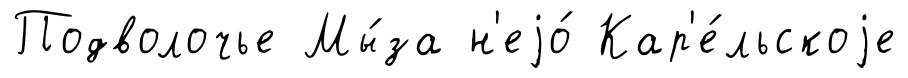
Подволочье Мы́за н'еjо́ Кар'е́льскоjе